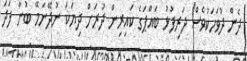
ދެން ދުވަހަކުވެސް ދަރިފުޅު ބައްޕަގެ ކައިރިން ދުރަށް ދިޔަކަ ނުދޭނަމޭ ބުނާ ފަދަ